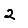
Digit: 2